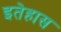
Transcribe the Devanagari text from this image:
इतेहास